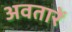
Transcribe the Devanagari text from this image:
अवतारें